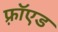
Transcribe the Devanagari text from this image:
फ़्रॉएड